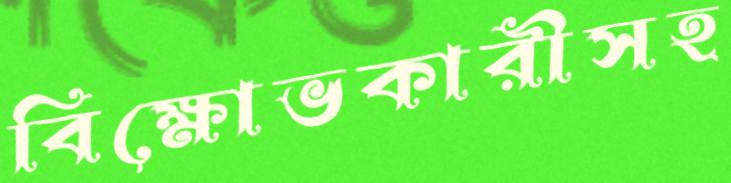
বিক্ষোভকারীসহ